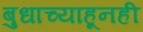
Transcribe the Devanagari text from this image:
बुधाच्याहूनही